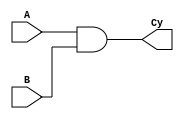
module Carry (Cy, A, B);

	input A, B;
	output Cy;

	assign Cy = A&B;

endmodule